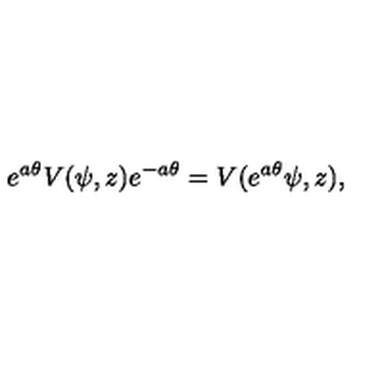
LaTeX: e ^ { a \theta } V ( \psi , z ) e ^ { - a \theta } = V ( e ^ { a \theta } \psi , z ) ,